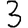
Digit: 3